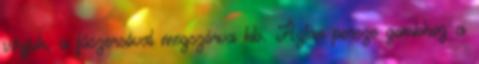
vágjuk, a fűszersóval megszórva kb. Aztán persze gombhoz a